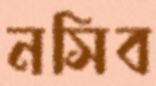
নসিব